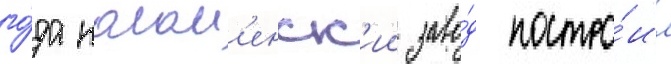
го́да колом'енск'ии заво́д постро́ил